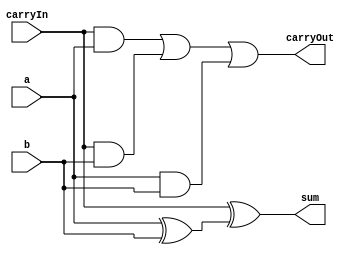
/* input: one bit of data, plus a carry
 * output: sum, plus a carry
 */
module bitAdder (a, b, carryIn, carryOut, sum);

input a, b, carryIn;
output sum, carryOut;

assign sum = carryIn ^ (a ^ b);
assign carryOut = (carryIn & a) | (carryIn & b) | (a & b);
  
endmodule